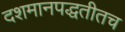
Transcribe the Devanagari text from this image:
दशमानपद्धतीतच